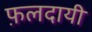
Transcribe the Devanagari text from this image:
फ़लदायी